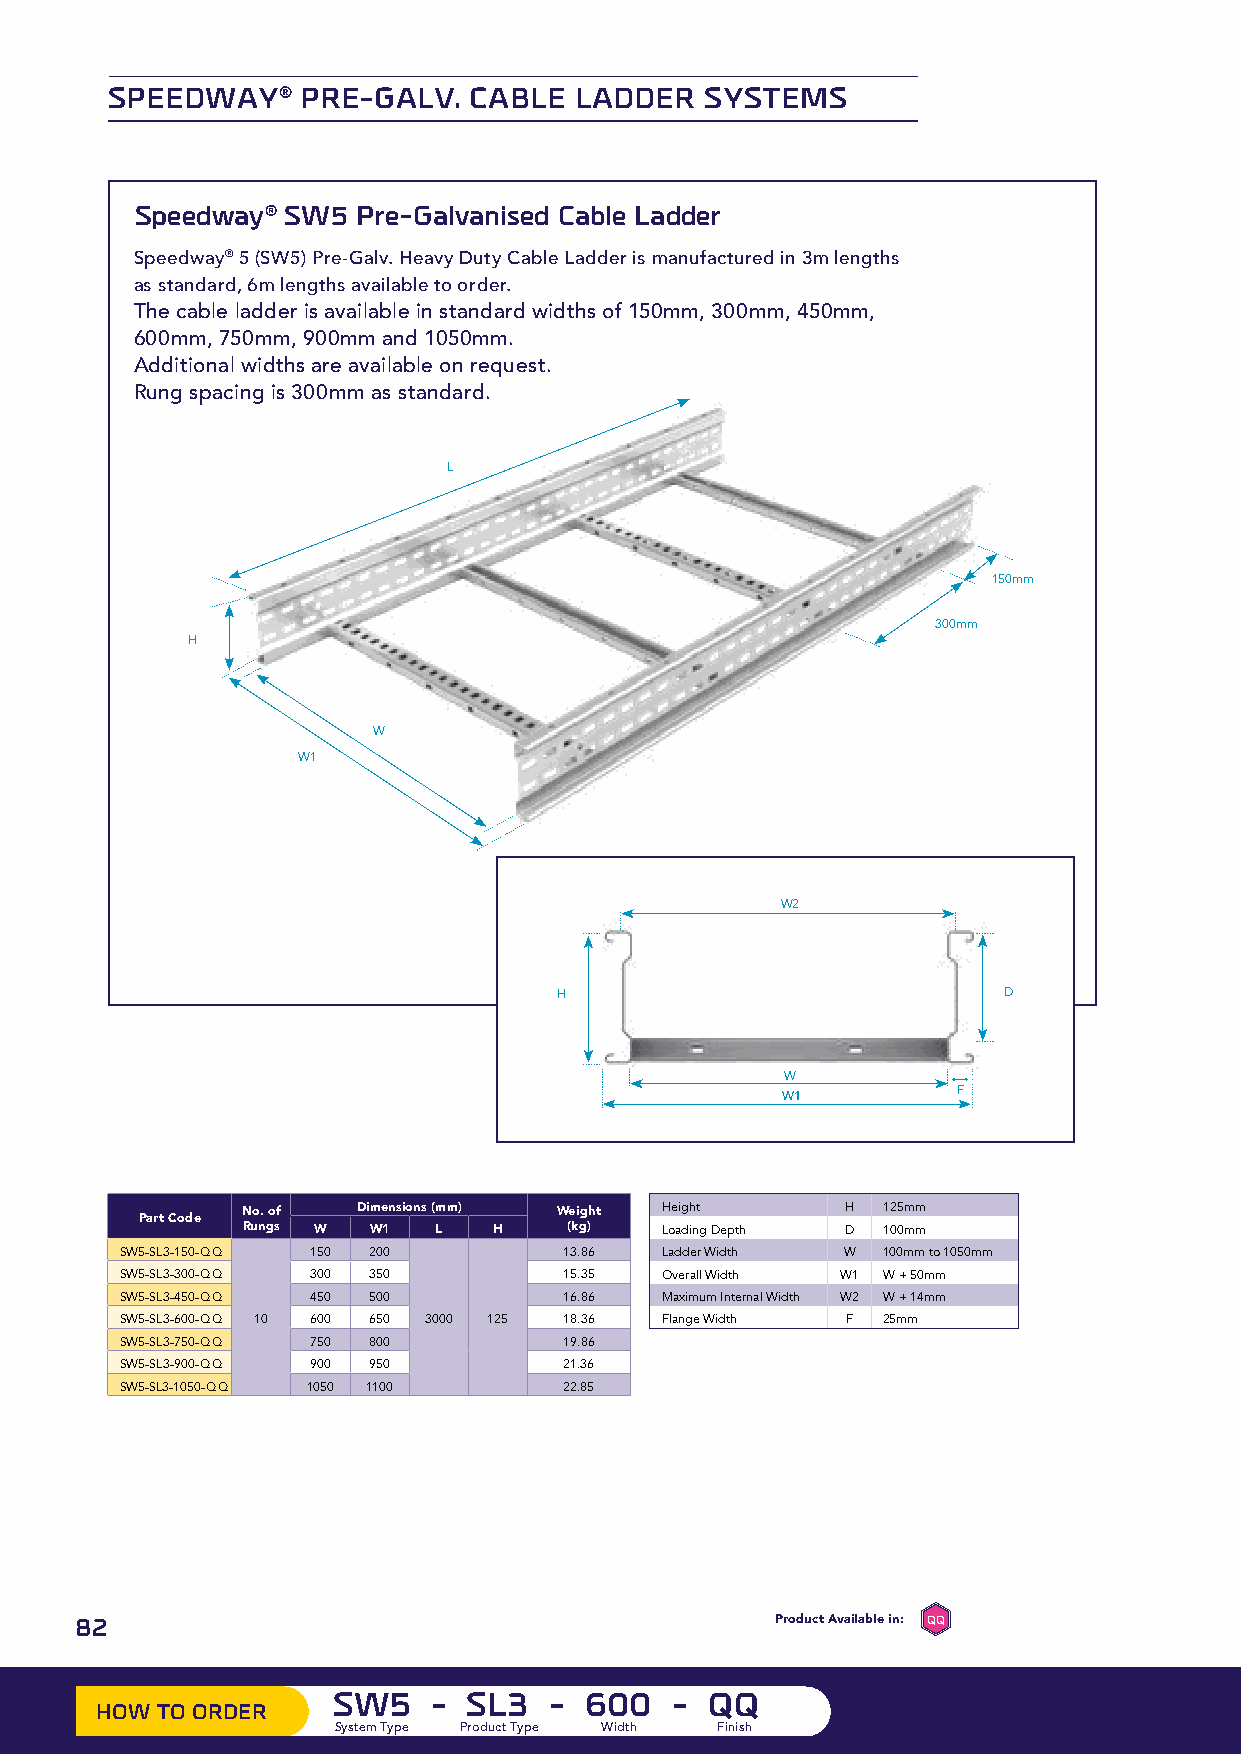
SPEEDWAY®    PRE-GALV.  CABLE  LADDER   SYSTEMS
 Speedway® SW5  Pre-Galvanised Cable Ladder
 Speedway® 5 (SW5) Pre-Galv. Heavy Duty Cable Ladder is manufactured in 3m lengths
 as standard, 6m lengths available to order.
 The cable ladder is available in standard widths of 150mm, 300mm, 450mm,
 600mm, 750mm, 900mm and 1050mm.
 Additional widths are available on request.
 Rung spacing is 300mm as standard.
 L
 150mm
 300mm
 H
 W
 W1
 W2
 H                            D
 W
 W1         F
 No. of  Dimensions (mm) Weight Height   H 125mm
 Part Code
 Rungs W W1   L   H    (kg)  Loading Depth D 100mm
 SW5-SL3-150-QQ 150 200       13.86  Ladder Width W 100mm to 1050mm
 SW5-SL3-300-QQ 300 350       15.35  Overall Width W1 W + 50mm
 SW5-SL3-450-QQ 450 500       16.86  Maximum Internal Width W2 W + 14mm
 SW5-SL3-600-QQ 10 600 650 3000 125 18.36 Flange Width F 25mm
 SW5-SL3-750-QQ 750 800       19.86
 SW5-SL3-900-QQ 900 950       21.36
 SW5-SL3-1050-QQ 1050 1100    22.85
 8822                             EE PG GA SS PC GXPrZoAductG AWvailGaMble inG:Y QQ EZ ST CP
 ZA GK GM GY QQ
 PRE-GALVANISED GALVANISED AFTER STASTINELEELSS PMOUWLTDICEOR LCOOUARTEEDD CORTEN STEEL ELECTRO ZINC GALSVTARNUHICOZETTDU D RSIP AILP LIE CSDOT ENE RLICH STRGUHACOLTTVU DARNIP AIP LZE ESDDT E EL STRGUHACOLTTVU DARNIP AIP LZE ESDDT E EL STPRRUE CGTAULRVAANL ISZTEEDE L
 SW5    - SL3  -  600  -  QQ
 HHOOWW T TOO O ORRDDEERR
 SysStyesmte Tmy pTeype Product Type Width Finish